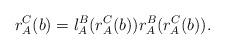
LaTeX: \begin{align*} r^C_A(b)=l^B_A(r^C_A(b)) r^B_A(r^C_A(b)).\end{align*}